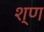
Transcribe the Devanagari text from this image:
श्ण